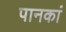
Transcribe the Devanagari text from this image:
पानकां